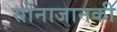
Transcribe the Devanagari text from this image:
सोनाजानकी